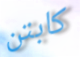
كابتن